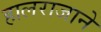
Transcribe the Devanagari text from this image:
हालराजाने